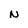
Character: N